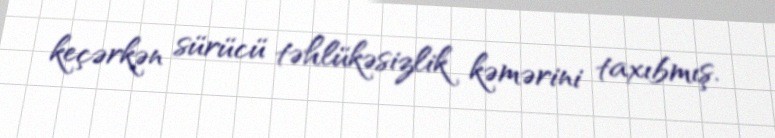
keçərkən sürücü təhlükəsizlik kəmərini taxıbmış.